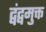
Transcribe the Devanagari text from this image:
द्वंद्वमुक्त